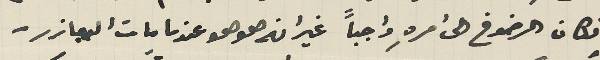
فكان الرضوخ الى امرهِ واجباً غير انه هو هو عندما مات اليعازر-